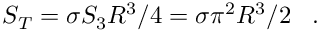
S _ { T } = \sigma { \cal S } _ { 3 } R ^ { 3 } / 4 = \sigma { \pi } ^ { 2 } R ^ { 3 } / 2 \; \; \; .